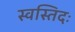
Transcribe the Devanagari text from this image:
स्वस्तिदः